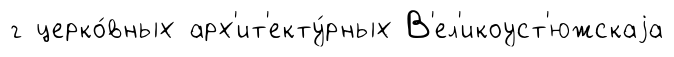
г церко́вных арх'ит'екту́рных В'ел'икоуст'южскаjа